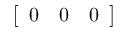
\left[ \begin{array} { c c c } { { 0 } } & { { 0 } } & { { 0 } } \end{array} \right]